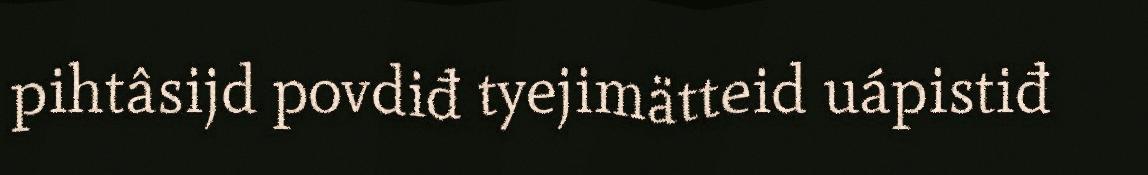
pihtâsijd povdiđ tyejimätteid uápistiđ